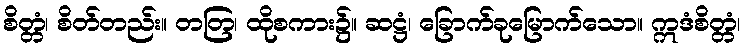
စိတ္တံ၊ စိတ်တည်း။ တတြ၊ ထိုစကား၌။ ဆဋ္ဌံ၊ ခြောက်ခုမြောက်သော။ ဣဒံစိတ္တံ၊